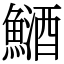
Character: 鿐